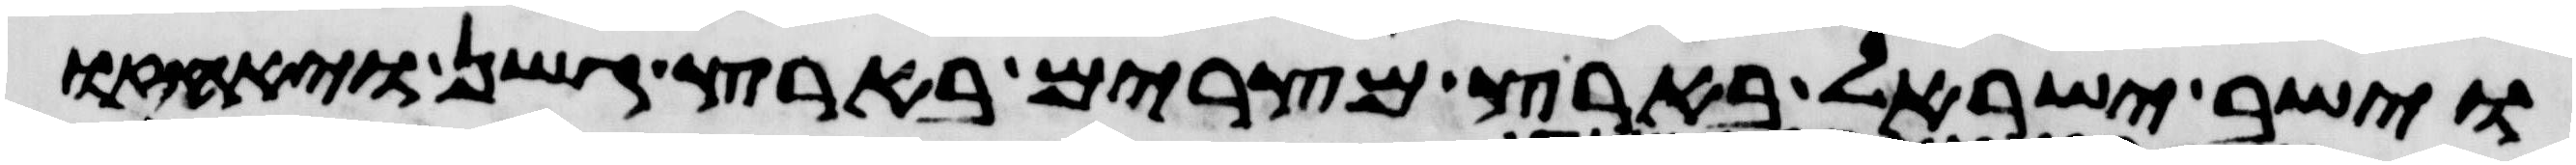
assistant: וישב ישראל בארץ מצרים בארץ גשן ויאחזו